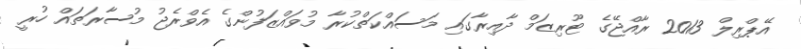
އޭޕްރިލް 2013 ރާއްޖޭގެ ޓޫރިޒަމް ދާއިރާގައި މަސައްކަތްކުރާ މުވައްޒަފުންގެ އެވްރެޖު މުސާރަތައް ހުރީ